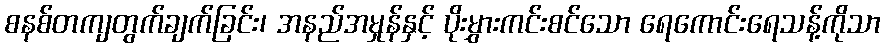
စနစ်တကျတွက်ချက်ခြင်း၊ အနည်အမှုန်နှင့် ပိုးမွှားကင်းစင်သော ရေကောင်းရေသန့်ကိုသာ